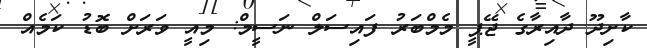
ކާށިދޫ ދާއިރާގެ ޖޭޕީ މެމްބަރު ފައިސަލް ނަސީމް: މިއީ ވަރަށް ބޮޑު ކަމެއް